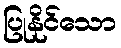
ပြုနိုင်သော